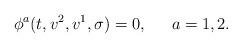
LaTeX: \begin{align*}\phi ^a(t,v^2,v^1,\sigma )=0,\ \;\;\;\;a=1,2. \end{align*}